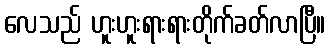
လေသည် ဟူးဟူးရားရားတိုက်ခတ်လာပြီ။